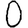
Digit: 0